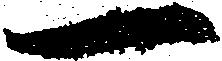
一